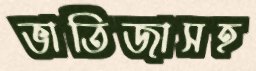
ভাতিজাসহ